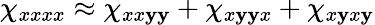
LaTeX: \chi_{xxxx}\approx\chi_{xx\mathbf{y}\mathbf{y}}+\chi_{x\mathbf{y}\mathbf{y}x}+\chi_{x\mathbf{y}x\mathbf{y}}